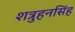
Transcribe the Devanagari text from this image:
शत्रुहनसिंह